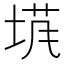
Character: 𡍙